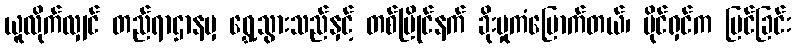
ယူလိုက်လျှင် တည်ရာဌာနမှ ရွှေ့သွားသည်နှင့် တစ်ပြိုင်နက် ခိုးမှုကံမြောက်တယ်၊ ပိုင်ရှင်က မြင်ခြင်း